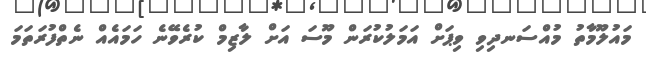
މައުލޫމާތު މުއްސަނދިވި ވިޕަށް އަމަލުކުރަން މޫސަ އަށް ލާޒިމް ކުރެވޭނެ ހަމައެއް ނެތްފުރަތަމަ